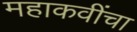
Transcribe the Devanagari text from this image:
महाकवींचा